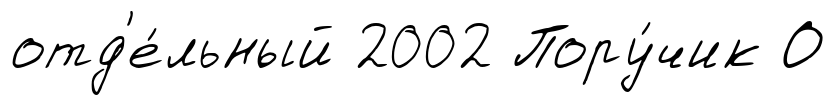
отд'е́льный 2002 Пору́чик О